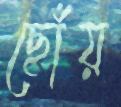
ছোঁয়